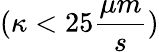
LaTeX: (\kappa<25\frac{\mu m}{s})